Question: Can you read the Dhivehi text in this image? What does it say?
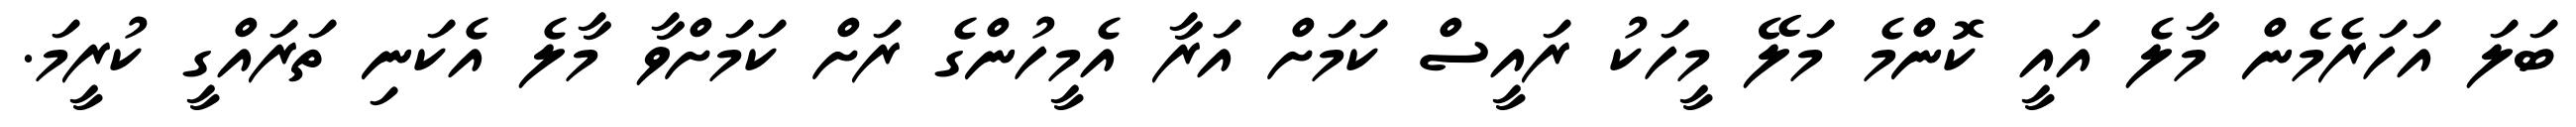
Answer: ބަލަ އަހަރެމެން މާލެ އައީ ކޮންމެ މަލޭ މީހަކު ރައީސް ކަމަށް އަރާ އެމީހުންގެ ރަށް ކަމަށްވާ މާލެ އެކަނި ތަރައްގީ ކުރީމަ.